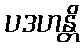
ပဒဟန္တိ